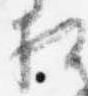
相